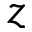
z